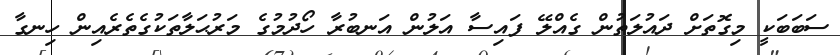
ސަބަބަކީ މިގޮތަށް ދައުލަތުން ގެއްލޭ ފައިސާ އަލުން އަނބުރާ ހޯދުމުގެ މަރުޙަލާތަކުގެތެރެއިން ހިނގާ